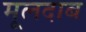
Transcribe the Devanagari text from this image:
मूलदाब